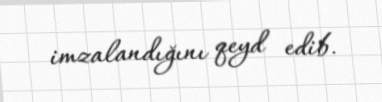
imzalandığını qeyd edib.